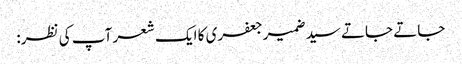
جاتے جاتے سیدضمیرجعفری کا ایک شعر آپ کی نظر: